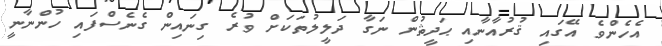
އެހެންވެ އޭގައި ޤުރުއާނާއި ޙަދީޘުން ނަގާ ދަލީލުތަކަށް ވުރެ ގިނައިން ގެނެސްފައި ހުންނާނީ